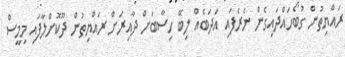
ރައްޔިތުން ގުބޯހައްދައިގެން ނެރެފައި އަދަބެއް ލިބޭ ހިސާބަށް ދާއިރަށް ރައްޔިތުން ދޫކޮށްލާފައި މިމީސް